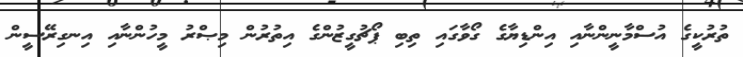
ތުރުކީގެ އުސްމާނީންނާއި އިންޑިޔާގެ ގޯވާގައި ތިބި ޕޯޗުގީޒުންގެ އިތުރުން މިޞްރު މީހުންނާއި އިނގިރޭސީން